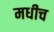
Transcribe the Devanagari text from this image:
मधीच